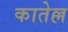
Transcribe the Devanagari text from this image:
कातेल्ल